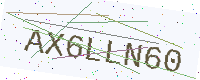
Text: AX6LLN60